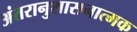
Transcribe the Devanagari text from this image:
अंतरानुशासनात्मक